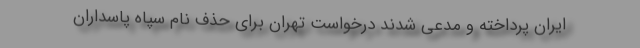
ایران پرداخته و مدعی شدند درخواست تهران برای حذف نام سپاه پاسداران